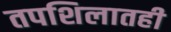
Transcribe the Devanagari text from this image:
तपशिलातही